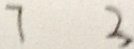
7 3